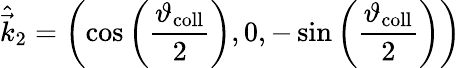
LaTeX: \hat{\vec{k}}_{2}=\left(\cos\left(\frac{\vartheta_{\mathrm{coll}}}{2}\right),0,-\sin\left(\frac{\vartheta_{\mathrm{coll}}}{2}\right)\right)